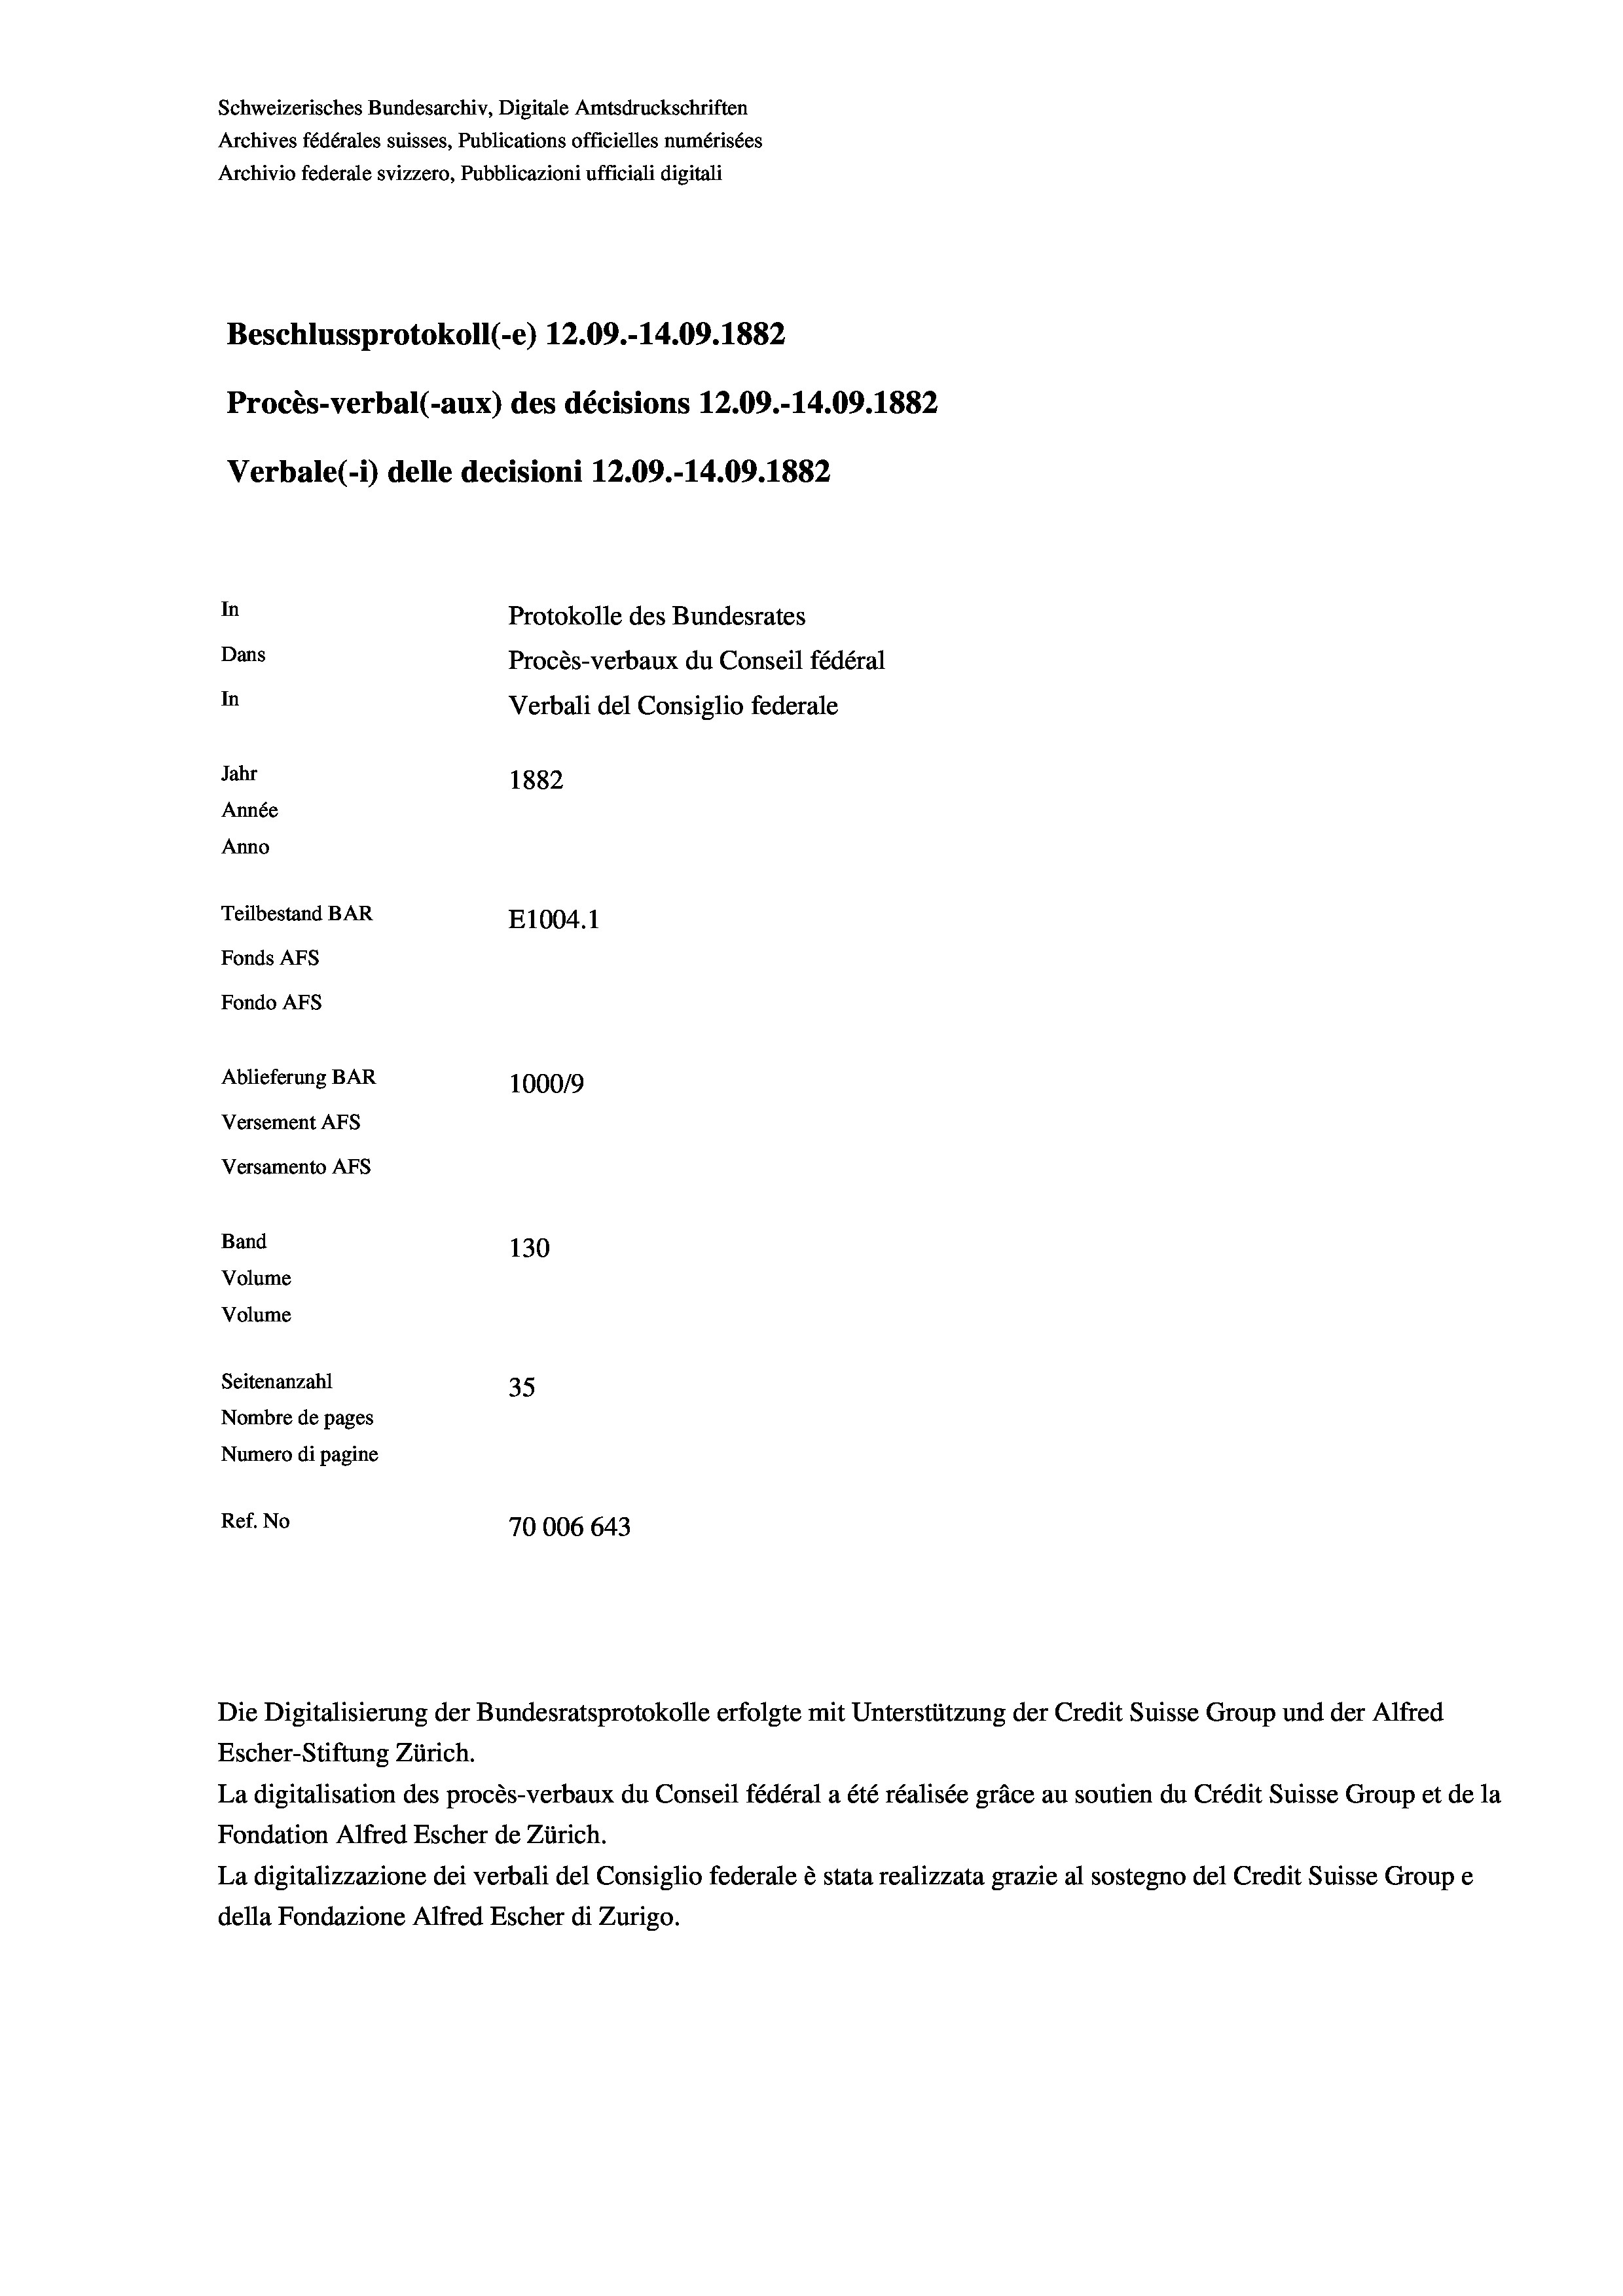
Schweizerisches Bundesarchiv, Digitale Amtsdruckschriften
Archives fédérales suisses, Publications officielles numérisées
Archivio federale svizzero, Pubblicazioni ufficiali digitali
Beschlussprotokoll (-e) 12.09.-14.09. 1882
Procès-verbal (-aux) des décisions 12.09.-14.09. 1882
Verbale (- 1) delle decisioni 12.09.-14.09. 1882
In
Protokolle des Bundesrates
Dans
Procès-verbaux du Conseil fédéral
In
Verbali del Consiglio federale
Jahr
1882
Année
Anno
Teilbestand BAR
E1004. 1
Fonds AFs
Fondo Afs
Ablieferung BAR
100019
Versement Ans
Versamento Afs
Band
130
Volume
Volume

Seitenanzahl
35
Nombre de pages
Numero di pagine
Ref. No
70006 643

Die Digitalisierung der Bundesratsprotokolle erfolgte mit Unterstützung der Credit Suisse Group und der Alfred
Escher-Stiftung Zürich.
La digitalisation des procès-verbaux du Conseil fédéral a été réalisée gräce au soutien du Crédit Suisse Group et de la
Fondation Alfred Escher de Zürich.
La digitalizzazione dei verbali del Consiglio federale è stata realizzata grazie al sostegno del Credit Suisse Groupe
della Fondazione Alfred Escher di Zurigo.